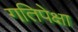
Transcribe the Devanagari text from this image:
गतिपेक्षा